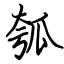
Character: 瓠